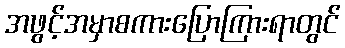
အဖွင့်အမှာစကားပြောကြားရာတွင်